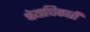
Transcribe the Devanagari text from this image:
श्रेयाधिकारी